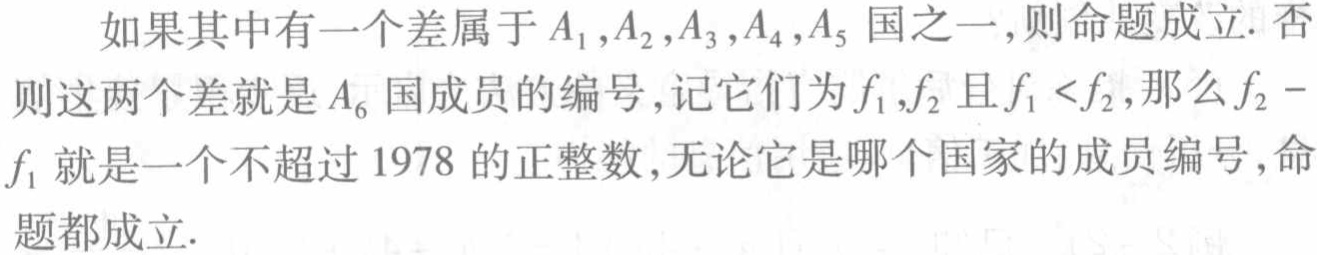
如果其中有一个差属于\(A_{1},A_{2},A_{3},A_{4},A_{5}\)国之一,则命题成立. 否则这两个差就是\(A_{6}\)国成员的编号,记它们为\(f_{1},f_{2}\)且\(f_{1}<f_{2}\),那么\(f_{2}-f_{1}\)就是一个不超过\(1978\)的正整数,无论它是哪个国家的成员编号,命题都成立.